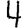
Digit: 4